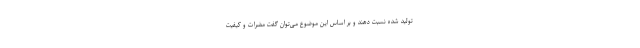
تولید شده نسبت دهند و بر اساس این موضوع می‌توان گفت مضرات و کیفیت